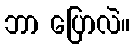
ဘာ ပြောလဲ။